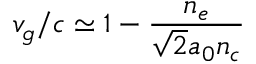
v _ { g } / c \simeq 1 - \frac { n _ { e } } { \sqrt { 2 } a _ { 0 } n _ { c } }